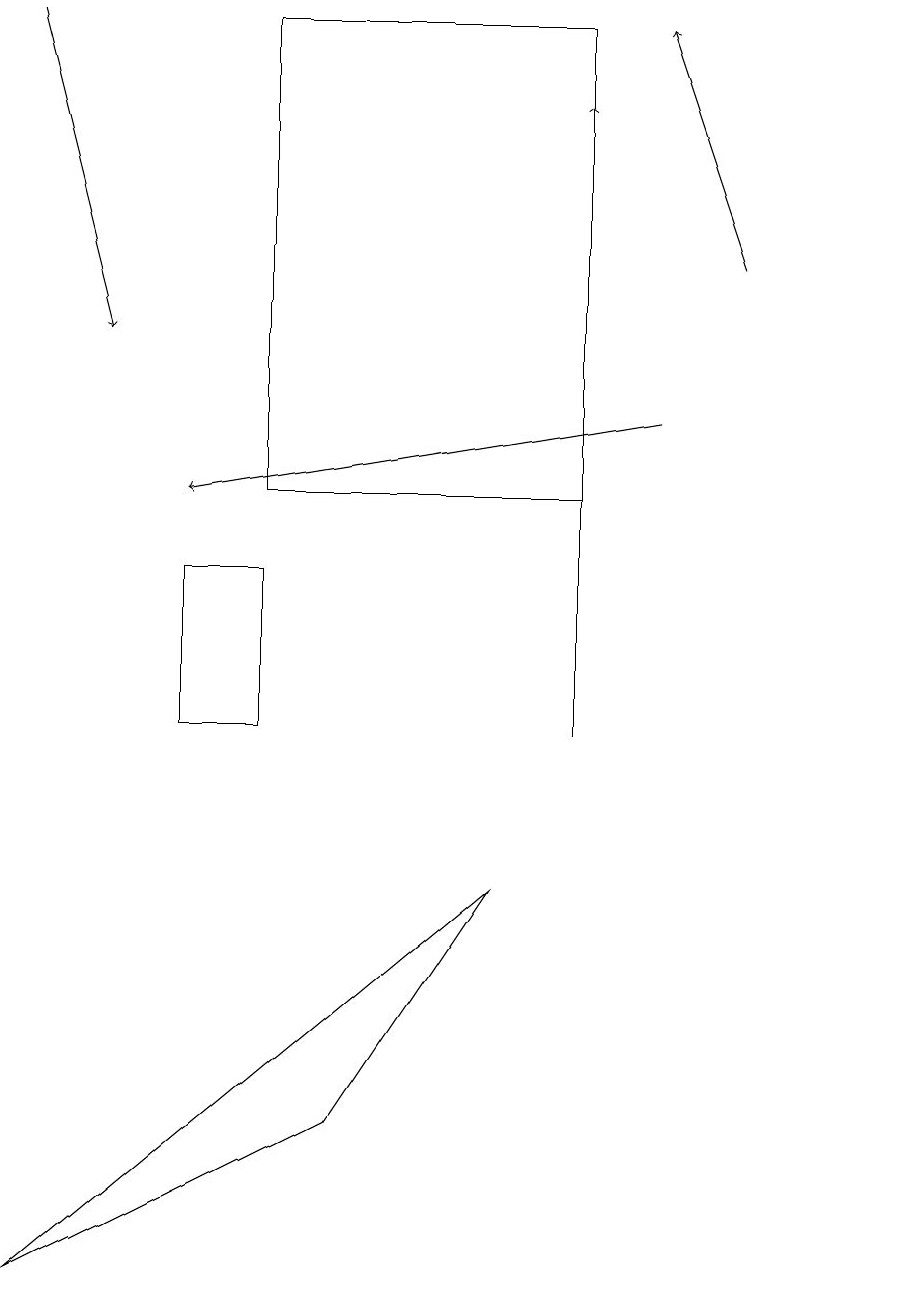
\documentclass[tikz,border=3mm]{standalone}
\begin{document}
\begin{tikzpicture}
\draw (7,19) rectangle (3,13);
\draw[->] (9,16) -- (8,19);
\draw (3,12) rectangle (2,10);
\draw (11,10) circle (0);
\draw[->] (8,14) -- (2,13);
\draw (6,8) -- (4,5) -- (0,3) -- cycle;
\draw[->] (0,19) -- (1,15);
\draw[->] (7,10) -- (7,18);
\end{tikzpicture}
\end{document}